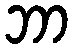
ဘာ